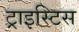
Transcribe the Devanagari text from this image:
ट्राइस्टिस